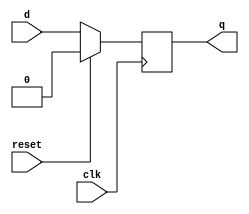
`timescale 1ns/100ps

module reg_O(

        input wire clk,
        input wire reset,
    	input wire d, 
    	output reg q);
	
//	reg [3:0] q;
	always@(posedge clk)
	 if (~reset)
	 begin
	  q<=d;
	 end
	 else
	 begin
	  q<=1'b0;
	 end
endmodule